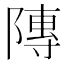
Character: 䧠